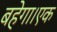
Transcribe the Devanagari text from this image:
बहेगा।एक